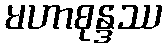
မဟာစုန္ဒဿ